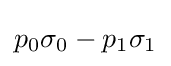
p_{0}\sigma _{0}-p_{1}\sigma _{1}